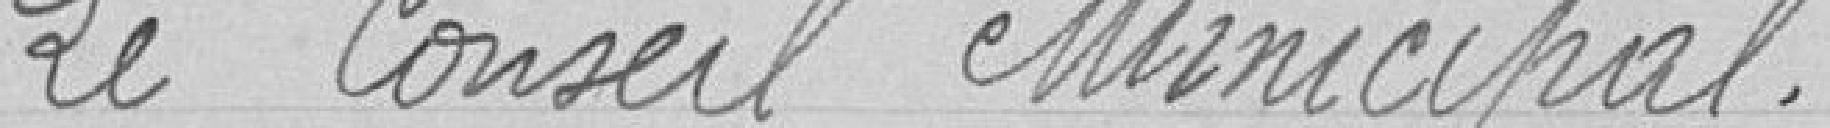
Le Conseil Municipal.